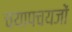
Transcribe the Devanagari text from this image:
चयापचयजों